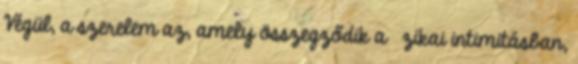
Végül, a szerelem az, amely összegződik a ﬁzikai intimitásban,